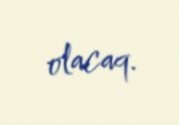
olacaq.